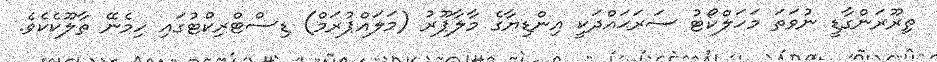
ތިރޫރަންގާޑީ ނުވަތަ މަހަލްކޯޓު ސަރަޙައްދަކީ އިންޑިޔާގެ މާލާޕޫރު (މަލައްޕުރަމް) ޑިސްޓްރިކްޓުގައި ހިމެނޭ ތާލޫކެކެވެ.